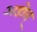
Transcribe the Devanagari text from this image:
अडोल्